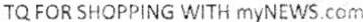
TQ FOR SHOPPING WITH MYNEWS.COM